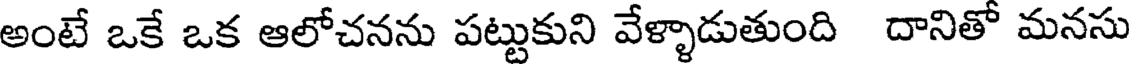
అంటే ఒకే ఒక ఆలోచనను పట్టుకుని వేళ్ళాడుతుంది దానితో మనసు